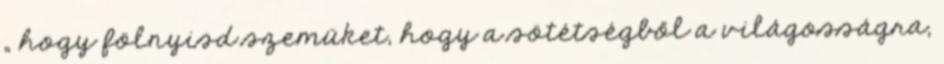
„ hogy fölnyisd szemüket, hogy a sötétségből a világosságra,